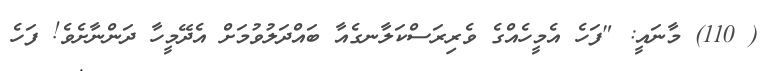
( 110) މާނައީ: "ފަހެ އެމީހެއްގެ ވެރިރަސްކަލާނގެއާ ބައްދަލުވުމަށް އެދޭމީހާ ދަންނާށެވެ! ފަހެ